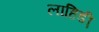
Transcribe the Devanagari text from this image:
लाहिडी़